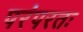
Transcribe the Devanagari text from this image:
परंपरतः